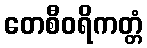
တေစီဝရိကတ္တံ